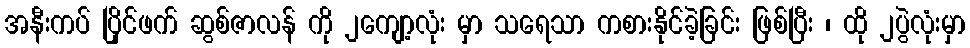
အနီးကပ် ပြိုင်ဖက် ဆွစ်ဇာလန် ကို ၂ကျော့လုံး မှာ သရေသာ ကစားနိုင်ခဲ့ခြင်း ဖြစ်ပြီး ၊ ထို ၂ပွဲလုံးမှာ